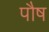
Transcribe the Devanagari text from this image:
पाैष